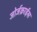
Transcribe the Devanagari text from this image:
जोर्जक्राईस